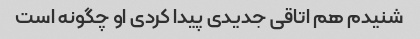
شنیدم هم اتاقی جدیدی پیدا کردی او چگونه است